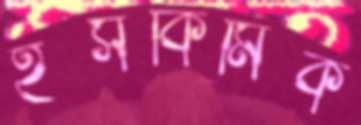
ইসকিমিক